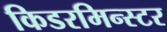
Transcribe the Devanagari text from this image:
किडरमिन्स्टर